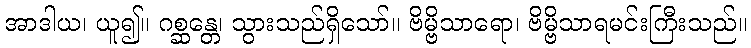
အာဒါယ၊ ယူ၍။ ဂစ္ဆန္တေ၊ သွားသည်ရှိသော်။ ဗိမ္ဗိသာရော၊ ဗိမ္ဗိသာရမင်းကြီးသည်။